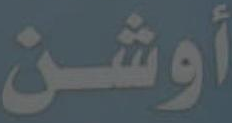
أوشن